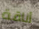
أناقة